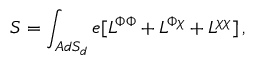
S = \int _ { A d S _ { d } } e [ L ^ { \Phi \Phi } + L ^ { \Phi \chi } + L ^ { \chi \chi } ] \, ,